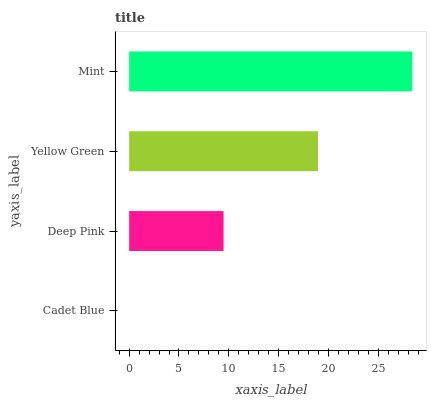
| yaxis_label | bars |
 | --- | --- |
 | Cadet Blue | 0 |
 | Deep Pink | 9.47 |
 | Yellow Green | 18.9 |
 | Mint | 28.4 |